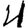
Digit: 4